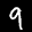
Label: 9